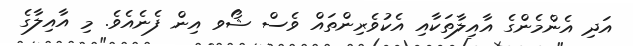
އަދި އެންމެންގެ އާއިލާތަކާއި އެކުވެރިންތައް ވެސް ޝޯވ އިން ފެނެއެވެ. މި އާއިލާގެ